Annual report of the Civil Veterinary Department, Bengal, for the year 1898-99 - 1898-1899
Year: 1898
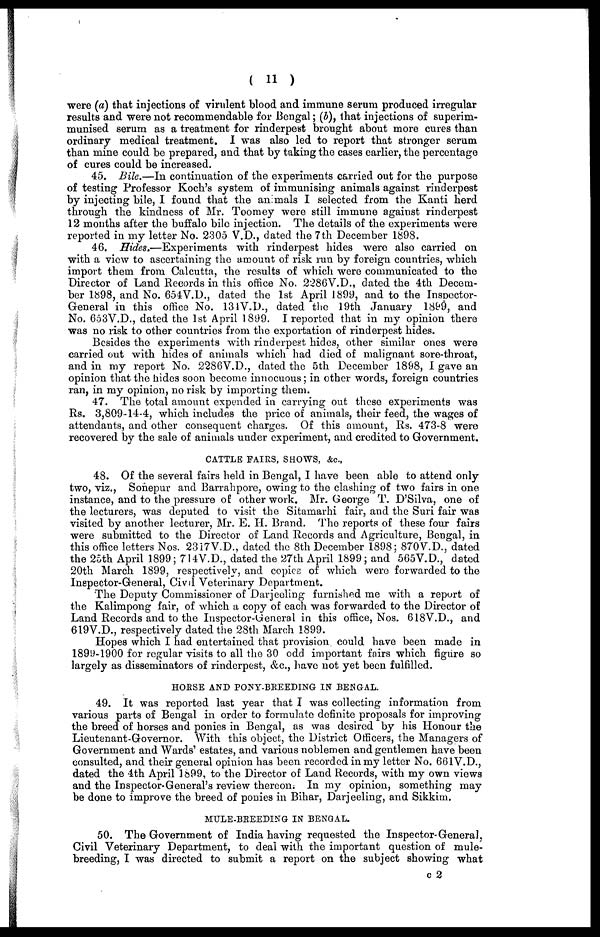
( 11 )
were (a) that injections of virulent blood and immune serum produced irregular
results and were not recommendable for Bengal; (b), that injections of superim-
munised serum as a treatment for rinderpest brought about more cures than
ordinary medical treatment. I was also led to report that stronger serum
than mine could be prepared, and that by taking the cases earlier, the percentage
of cures could be increased.
45. Bile.—In continuation of the experiments carried out for the purpose
of testing Professor Koch's system of immunising animals against rinderpest
by injecting bile, I found that the animals I selected from the Kanti herd
through the kindness of Mr. Toomey were still immune against rinderpest
12 months after the buffalo bile injection. The details of the experiments were
reported in my letter No. 2305 V.D., dated the 7th December 1898.
46. Hides.—Experiments with rinderpest hides were also carried on
with a view to ascertaining the amount of risk run by foreign countries, which
import them from Calcutta, the results of which were communicated to the
Director of Land Records in this office No. 2286V.D., dated the 4th Decem-
ber 1898, and No. 654V.D., dated the 1st April 1899, and to the Inspector-
General in this office No. 131V.D., dated the 19th January 1899, and
No. 653V.D., dated the 1st April 1899. I reported that in my opinion there
was no risk to other countries from the exportation of rinderpest hides.
Besides the experiments with rinderpest hides, other similar ones were
carried out with hides of animals which had died of malignant sore-throat,
and in my report No. 2286V.D., dated the 5th December 1898, I gave an
opinion that the hides soon become innocuous; in other words, foreign countries
ran, in my opinion, no risk by importing them.
47. The total amount expended in carrying out these experiments was
Rs. 3,809-14-4, which includes the price of animals, their feed, the wages of
attendants, and other consequent charges. Of this amount, Rs. 473-8 were
recovered by the sale of animals under experiment, and credited to Government.
CATTLE FAIRS, SHOWS, &c.,
48. Of the several fairs held in Bengal, I have been able to attend only
two, viz., Sonepur and Barrahpore, owing to the clashing of two fairs in one
instance, and to the pressure of other work. Mr. George T. D'Silva, one of
the lecturers, was deputed to visit the Sitamarhi fair, and the Suri fair was
visited by another lecturer, Mr. E. H. Brand. The reports of these four fairs
were submitted to the Director of Land Records and Agriculture, Bengal, in
this office letters Nos. 2317V.D., dated the 8th December 1898; 870V.D., dated
the 25th April 1899; 714V.D., dated the 27th April 1899; and 565V.D., dated
20th March 1899, respectively, and copies of which were forwarded to the
Inspector-General, Civil Veterinary Department.
The Deputy Commissioner of Darjeeling furnished me with a report of
the Kalimpong fair, of which a copy of each was forwarded to the Director of
Land Records and to the Inspector-General in this office, Nos. 618V.D., and
619V.D., respectively dated the 28th March 1899.
Hopes which I had entertained that provision could have been made in
1899-1900 for regular visits to all the 30 odd important fairs which figure so
largely as disseminators of rinderpest, &c., have not yet been fulfilled.
HORSE AND PONY-BREEDING IN BENGAL.
49. It was reported last year that I was collecting information from
various parts of Bengal in order to formulate definite proposals for improving
the breed of horses and ponies in Bengal, as was desired by his Honour the
Lieutenant-Governor. With this object, the District Officers, the Managers of
Government and Wards' estates, and various noblemen and gentlemen have been
consulted, and their general opinion has been recorded in my letter No. 661V.D.,
dated the 4th April 1899, to the Director of Land Records, with my own views
and the Inspector-General's review thereon. In my opinion, something may
be done to improve the breed of ponies in Bihar, Darjeeling, and Sikkim.
MTLE-BREEDING IN BENGAL.
50. The Government of India having requested the Inspector-General,
Civil Veterinary Department, to deal with the important question of mule-
breeding, I was directed to submit a report on the subject showing what
c 2